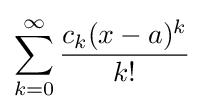
\sum _{k=0}^{\infty }{\frac {c_{k}(x-a)^{k}}{k!}}